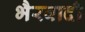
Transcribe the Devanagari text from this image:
भैरवादी